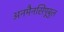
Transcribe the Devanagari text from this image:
अनमैनसिपूबुल